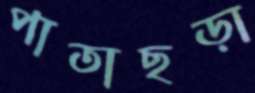
পাতাছড়া